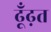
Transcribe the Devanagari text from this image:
ढूँढ़त